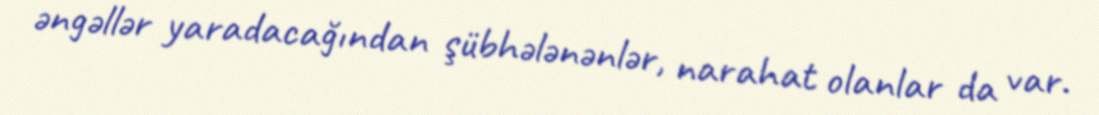
əngəllər yaradacağından şübhələnənlər, narahat olanlar da var.